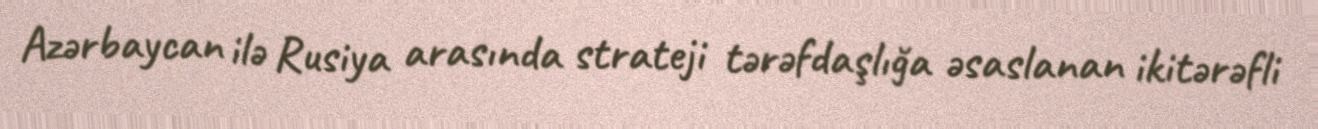
Azərbaycan ilə Rusiya arasında strateji tərəfdaşlığa əsaslanan ikitərəfli